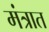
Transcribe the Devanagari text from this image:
मंत्रात